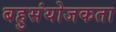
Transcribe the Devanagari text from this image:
बहुसंयोजकता